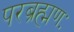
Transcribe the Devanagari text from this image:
परब्रह्मणः